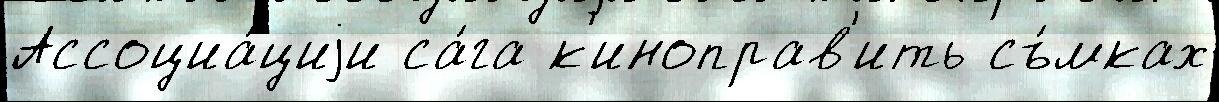
Ассоциа́циjи са́га к'иноправ'ить съ́мках